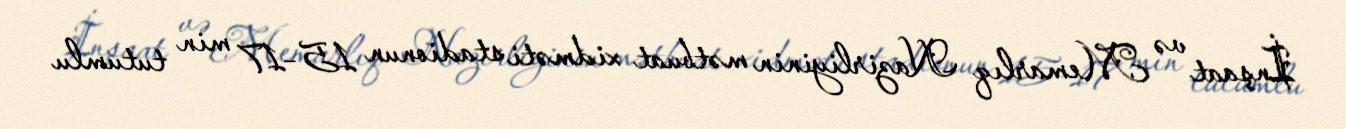
İnşaat və Memarlıq Nazirliyinin mətbuat xidməti stadionun 15–17 min tutumlu